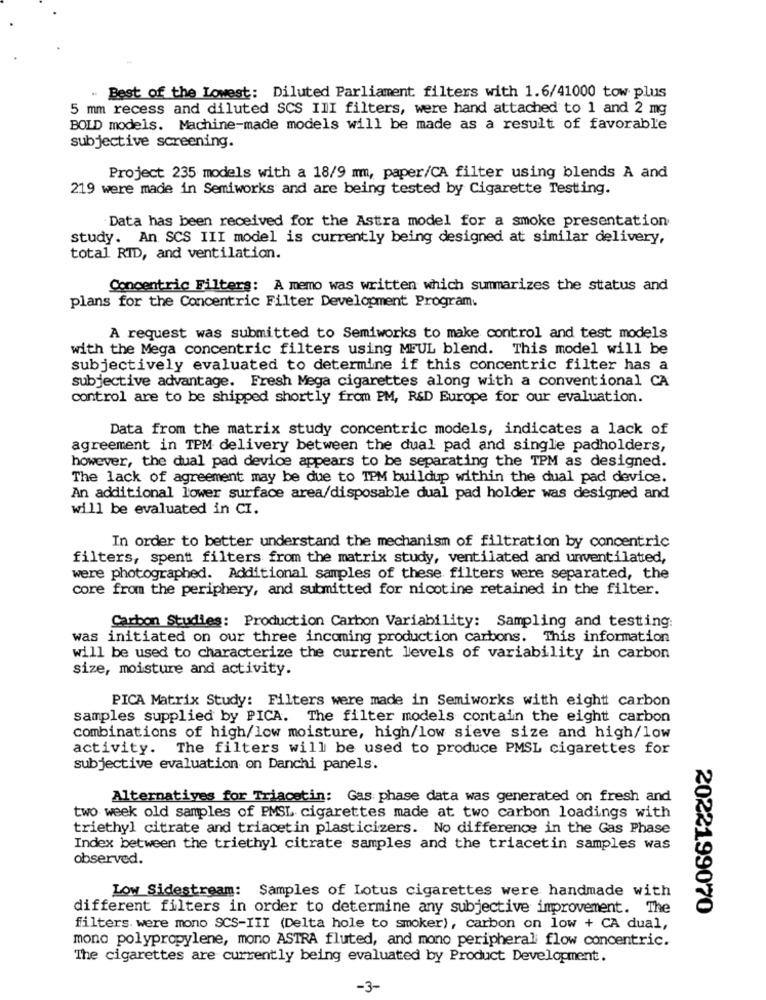
. Best of the Lowest: Diluted Parliament filters with 1.6/41000 tow plus
5 mm recess and diluted SCS III filters, were hand attached to 1 and 2 mg
BOLD models. Machine-made models will be made as a result of favorable
subjective screening.
Project 235 models with a 18/9 mm, paper/CA filter using blends A and
219 were made in Semiworks and are being tested by Cigarette Testing.
Data has been received for the Astra model for a smoke presentation
study. An SCS III model is currently being designed att similar delivery,
total RID, and ventilation.
Concentric Filters: A memo was written which summarizes the status and
plans for the Concentric Filter Development Program.
A request was submitted to Semiworks to make control and test models
with the Mega concentric filters using MEUL blend. This model will be
subjectively evaluated to determine if this concentric filter has a
subjective advantage. Fresh Mega cigarettes along with a conventional CA
control are to be shipped shortly from PM, R&D Europe for our evaluation.
Data from the matrix study concentric models, indicates a lack of
agreement in TPM delivery between the dual pad and single padholders,
however, the dual pad device appears to be separating the TPM as designed.
The lack of agreement may be due to TPM buildup within the dual pad device.
An additional lower surface area/disposable dual pad holder was designed and
will be evaluated in CI.
In order to better understand the mechanism of filtration by concentric
filters, spent filters from the matrix study, ventilated and unventilated,
were photographed. Additional samples of these filters were separated, the
core from the periphery, and submitted for nicotine retained in the filter.
Carbon Studies: Production Carbon Variability: Sampling and testing:
was initiated on our three incoming production carbons. This information
will be used to characterize the current levels of variability in carbon
size, moisture and activity.
PICA Matrix Study: Filters were made in Semiworks with eight carbon
samples supplied by PICA. The filter models contain the eight carbon
combinations of high/low moisture, high/low sieve size and high/low
activity. The filters will be used to produce PMSL cigarettes for
subjective evaluation on Danchi panels.
Alternatives for Triacetin: Gas phase data was generated on fresh and
two week old samples of PMSL cigarettes made at two carbon loadings with
triethyl citrate and triacetin plasticizers. No difference in the Gas Phase
Index between the triethyl citrate samples and the triacetin samples was
observed.
Low Sidestream: Samples of Lotus cigarettes were handmade with
different filters in order to determine any subjective improvement. The
2022199070
filters were mono SCS-III (Delta hole to smoker), carbon on low + CA dual,
mono polypropylene, mono ASTRA fluted, and mono peripheral flow concentric.
The cigarettes are currently being evaluated by Product Development.
-3-